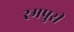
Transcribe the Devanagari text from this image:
रमपुरी